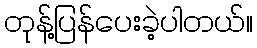
တုန့်ပြန်ပေးခဲ့ပါတယ်။